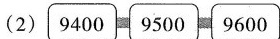
(2) 9400 9500 9600